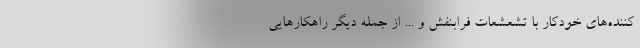
‌کننده‌های خودکار با تشعشعات فرابنفش و ... از جمله دیگر راهکارهایی